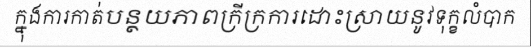
ក្នុងការកាត់បន្ថយភាពក្រីក្រការដោះស្រាយនូវទុក្ខលំបាក